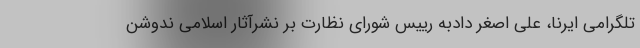
تلگرامی ایرنا، علی اصغر دادبه رییس شورای نظارت بر نشرآثار اسلامی ندوشن